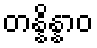
တန္နိန္နာဝ